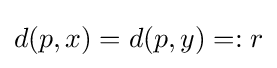
d(p,x)=d(p,y)=:r